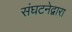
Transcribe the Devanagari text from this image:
संघटनेद्वारा